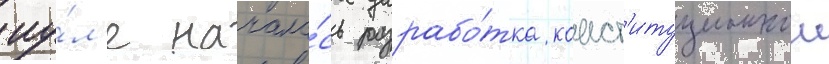
иу́л'е начала́сь разрабо́тка конст'итуционнои